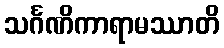
သင်္ဂဏိကာရာမဿာတိ